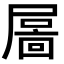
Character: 𡳄